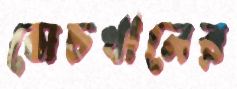
সেচখালের